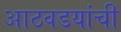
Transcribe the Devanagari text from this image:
आठवडयांची